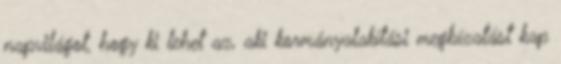
napvilágot, hogy ki lehet az, aki kormányalakítási megbízatást kap